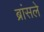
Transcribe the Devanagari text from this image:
ब्रांसले